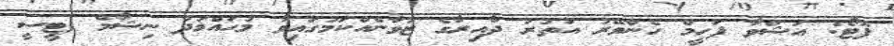
ފޮޓޯ: އަޝްވާ ފަހީމް ހެންވޭރު އުތުރު ދާއިރާގެ ޒުވާނެއްކަމުގައިވާ މުޙައްމަދު ނިޝާމް (ޓީސީ